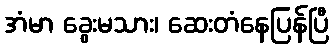
အံမာ ခွေးမသား၊ ဆေးတံနေပြန်ပြီ